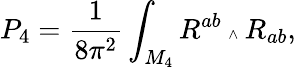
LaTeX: P_{4}=\frac{1}{8\pi^{2}}\int_{M_{4}}R^{ab}{\mathrm{\tiny~\wedge~}}R_{ab},